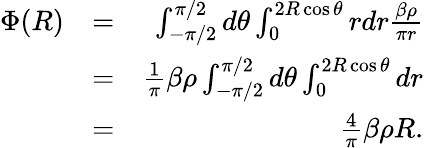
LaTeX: \begin{array}{rlr}{\Phi(R)}&{=}&{\int_{-\pi/2}^{\pi/2}d\theta\int_{0}^{2R\cos\theta}rdr\frac{\beta\rho}{\pi r}}\\ &{=}&{\frac{1}{\pi}\beta\rho\int_{-\pi/2}^{\pi/2}d\theta\int_{0}^{2R\cos\theta}dr}\\ &{=}&{\frac{4}{\pi}\beta\rho R.}\end{array}